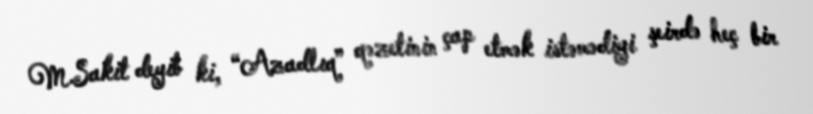
M.Sakit deyib ki, “Azadlıq” qəzetinin çap etmək istəmədiyi şeirdə heç bir